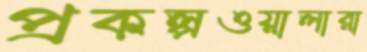
প্রকল্পওয়ালারা